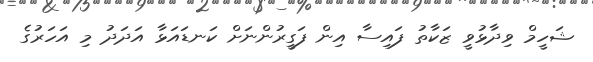
ޝަހީމް ވިދާޅުވީ ޒަކާތު ފައިސާ އިން ފަގީރުންނަށް ކަނޑައަޅާ އަދަދު މި އަހަރުގެ